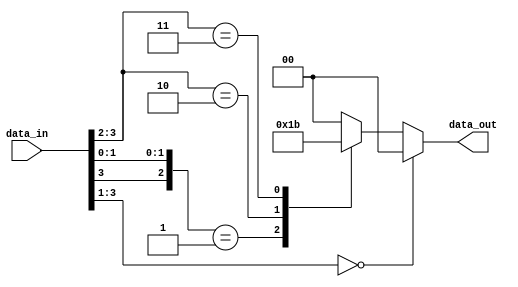
module casez_module (
  input [3:0] data_in,
  output reg [1:0] data_out
);

always @* begin
  casez(data_in)
    4'b000?: data_out = 2'b00; // If data_in is 000x, data_out is 00
    4'b0?01: data_out = 2'b01; // If data_in is 0x01, data_out is 01
    4'b10??: data_out = 2'b10; // If data_in is 10xx, data_out is 10
    4'b11??: data_out = 2'b11; // If data_in is 11xx, data_out is 11
    default: data_out = 2'b00; // Default case
  endcase
end

endmodule